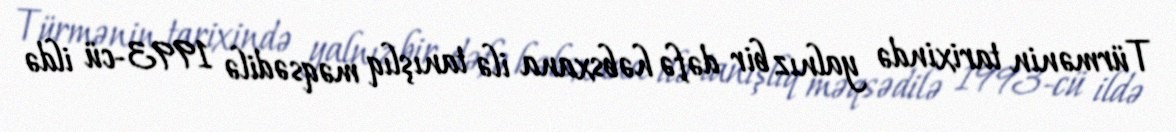
Türmənin tarixində yalnız bir dəfə həbsxana ilə tanışlıq məqsədilə 1993-cü ildə